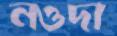
নওদা